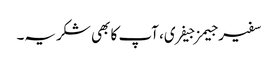
سفیر جیمز جیفری، آپ کا بھی شکریہ۔